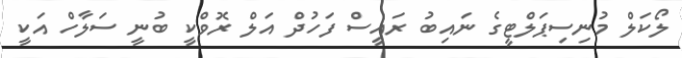
ލޯކަލް މުނިސިޕަލްޓީގެ ނައިބު ރައީސް ފަހުދް އަލް ރޮވްކީ ބުނީ ސަލާހް އަކީ